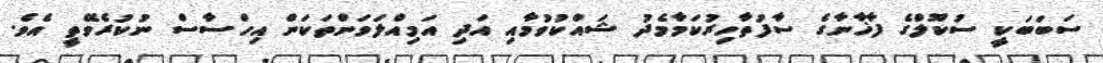
ސަބަބަކީ ސުކޫލްގެ ފާޚާނާގެ ސާފުތާހިރުކަމާމެދު ޝައްކުވުމާއި އަދި އަމިއްލަވަންތަކަން އިހްސާސް ނުކުރެވޭތީ އެވެ.